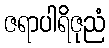
ဇရာပါရိဇုညံ